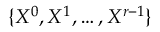
\{ X ^ { 0 } , X ^ { 1 } , \ldots , X ^ { r - 1 } \}